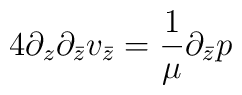
4\partial_z \partial_{\bar{z}} v_{\bar{z}} =\frac{1}{\mu} \partial_{\bar{z}}p